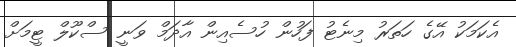
އެކަމަކު އޭގެ ހަތަރު މިނެޓު ފަހުން ހުސެއިން އާދަމް ވަނީ ސްކޫލް ޓީމަށް